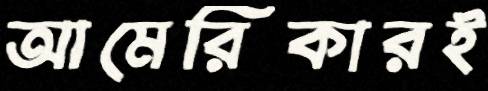
আমেরিকারই